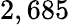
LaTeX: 2,685